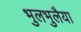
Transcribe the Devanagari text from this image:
भुलभुलैया